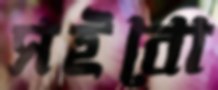
সইবো